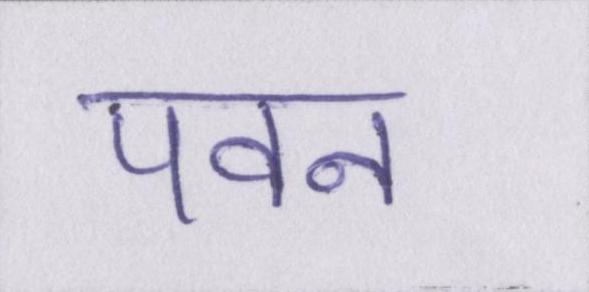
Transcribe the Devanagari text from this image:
पवन